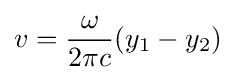
v={\frac {\omega }{2\pi c}}(y_{1}-y_{2})